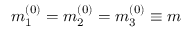
m _ { 1 } ^ { ( 0 ) } = m _ { 2 } ^ { ( 0 ) } = m _ { 3 } ^ { ( 0 ) } \equiv m